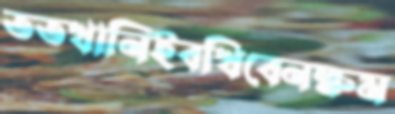
ততখানিইবখিবেনক্ষম